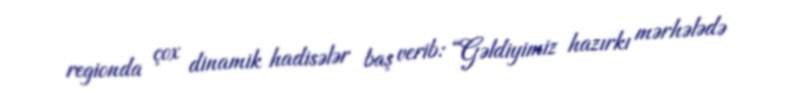
regionda çox dinamik hadisələr baş verib: “Gəldiyimiz hazırkı mərhələdə